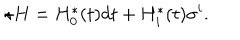
LaTeX: \star H = H _ { 0 } ^ { \ast } ( t ) d t + H _ { i } ^ { \ast } ( t ) \sigma ^ { i } .